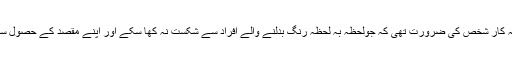
ایسے شہر کے لئے کسی مخلص اورتجربہ کار شخص کی ضرورت تھی کہ جولحظہ بہ لحظہ رنگ بدلنے والے افراد سے شکست نہ کھا سکے اور اپنے مقصد کے حصول سے ہنگامی حالات میں بھی غافل نہ رہے ۔